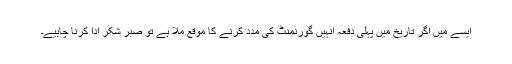
ایسے میں اگر تاریخ میں پہلی دفعہ انہیں گورنمنٹ کی مدد کرنے کا موقع ملا ہے تو صبر شکر ادا کرنا چاہیے۔